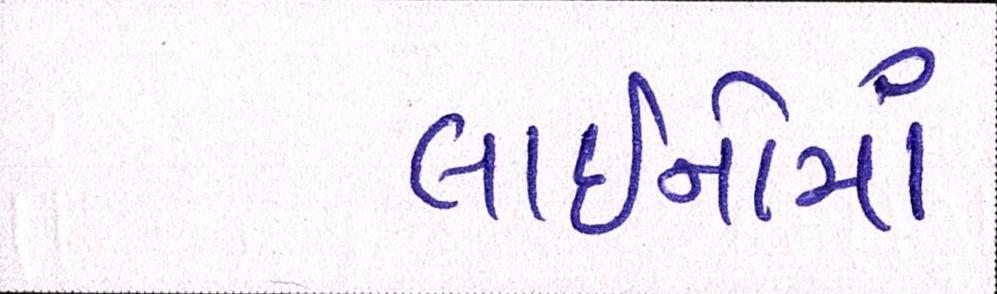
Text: લાઈનોમાં